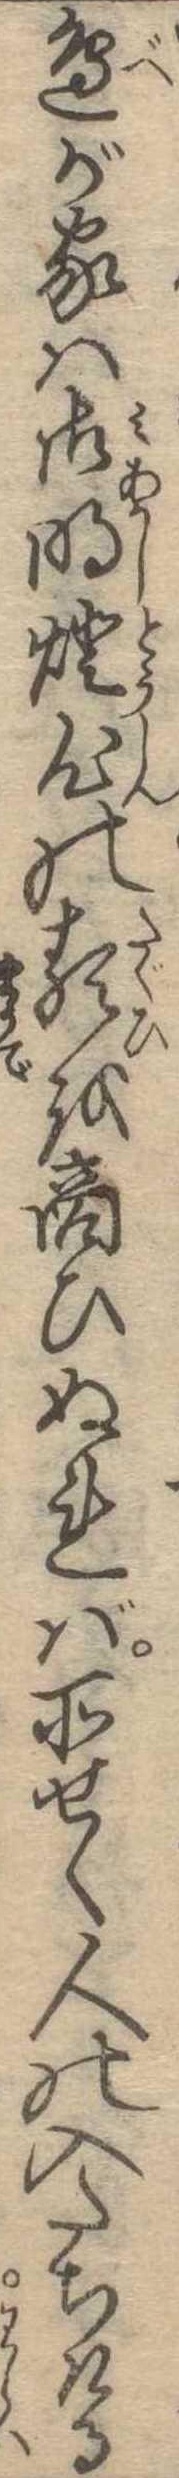
辺が家は御明灯心の類を商ひぬれば所せく人の入たちける